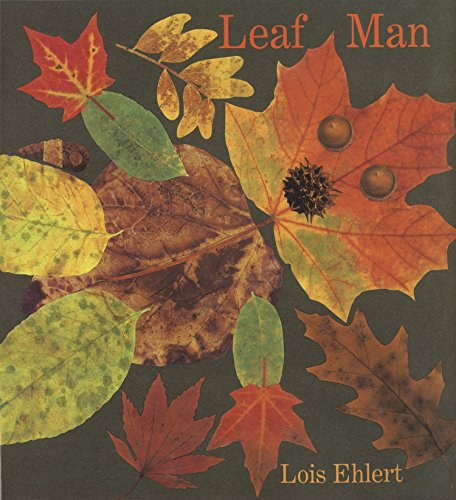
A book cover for Leaf Man; Lois Ehlert; Children's Books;